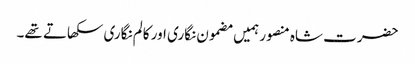
حضرت شاہ منصور ہمیں مضمون نگاری اور کالم نگاری سکھاتے تھے۔